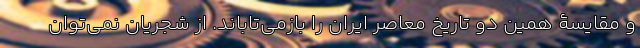
و مقایسۀ همین دو تاریخ معاصر ایران را بازمی‌تاباند. از شجریان نمی‌توان